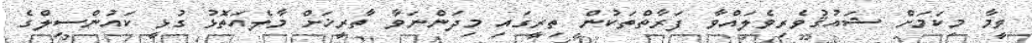
ވީމާ މިކަމަށް ޝައުޤުވެރިވެލައްވާ ފަރާތްތަކުން ތިރީގައި މިދަންނަވާ ތާރީޚަށް މާލެއަތޮޅު ގުޅީ ކައުންސިލްގެ